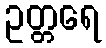
ဥတ္တရေ